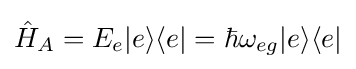
{\hat {H}}_{A}=E_{e}|e\rangle \langle e|=\hbar \omega _{eg}|e\rangle \langle e|